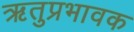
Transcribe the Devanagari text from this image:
ऋतुप्रभावक